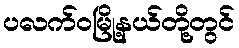
ပလက်ဝမြို့နယ်တို့တွင်